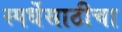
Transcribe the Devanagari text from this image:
स्पर्धेसाठीचा